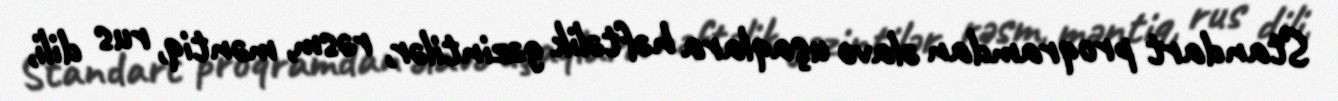
Standart proqramdan əlavə uşaqlara həftəlik gəzintilər, rəsm, məntiq, rus dili,